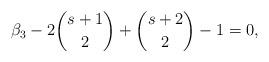
LaTeX: \begin{align*} \beta_3 - 2{s+1 \choose 2} + {s+2\choose2} - 1=0,\end{align*}